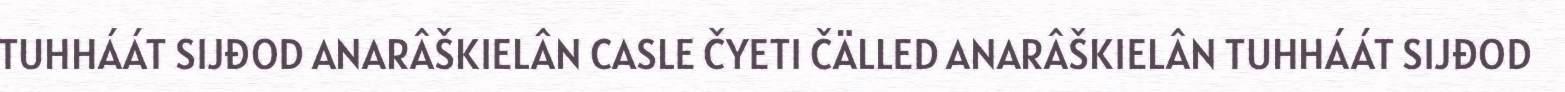
TUHHÁÁT SIJĐOD ANARÂŠKIELÂN CASLE ČYETI ČÄLLED ANARÂŠKIELÂN TUHHÁÁT SIJĐOD